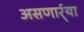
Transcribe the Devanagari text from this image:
असणार्र्या